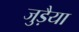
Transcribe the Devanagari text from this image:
जुड़ैया